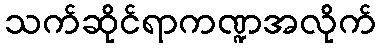
သက်ဆိုင်ရာကဏ္ဍအလိုက်